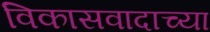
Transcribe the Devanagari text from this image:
विकासवादाच्या